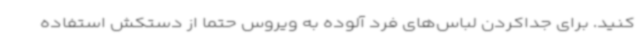
کنید. برای جداکردن لباس‌های فرد آلوده به ویروس حتما از دستکش استفاده